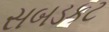
સબડકટ